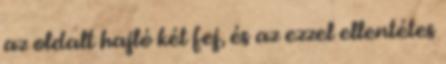
az oldalt hajló két fej, és az ezzel ellentétes